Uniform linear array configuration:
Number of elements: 24
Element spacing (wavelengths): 0.5
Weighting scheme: hamming
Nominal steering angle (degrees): -45
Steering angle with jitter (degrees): -44.311
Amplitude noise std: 0.05
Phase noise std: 0.05

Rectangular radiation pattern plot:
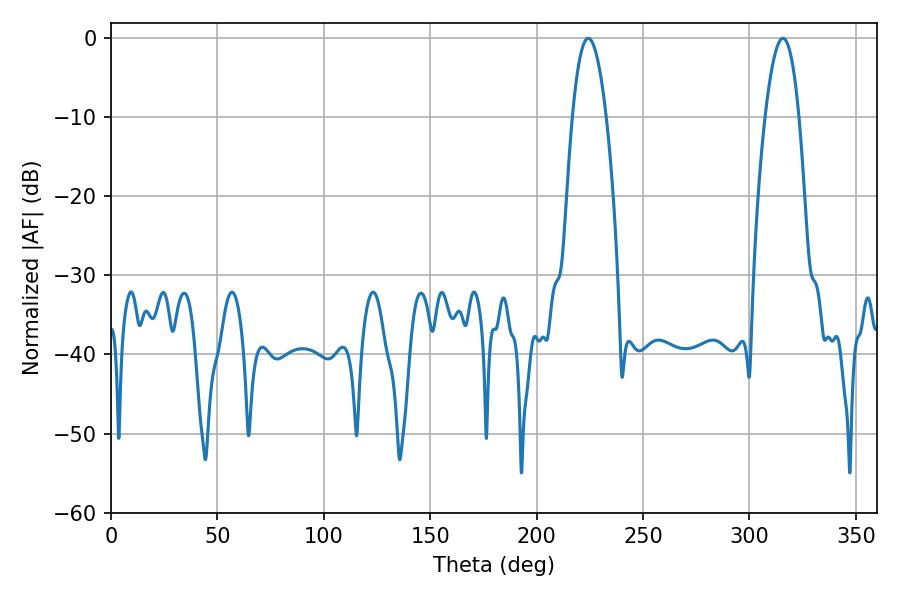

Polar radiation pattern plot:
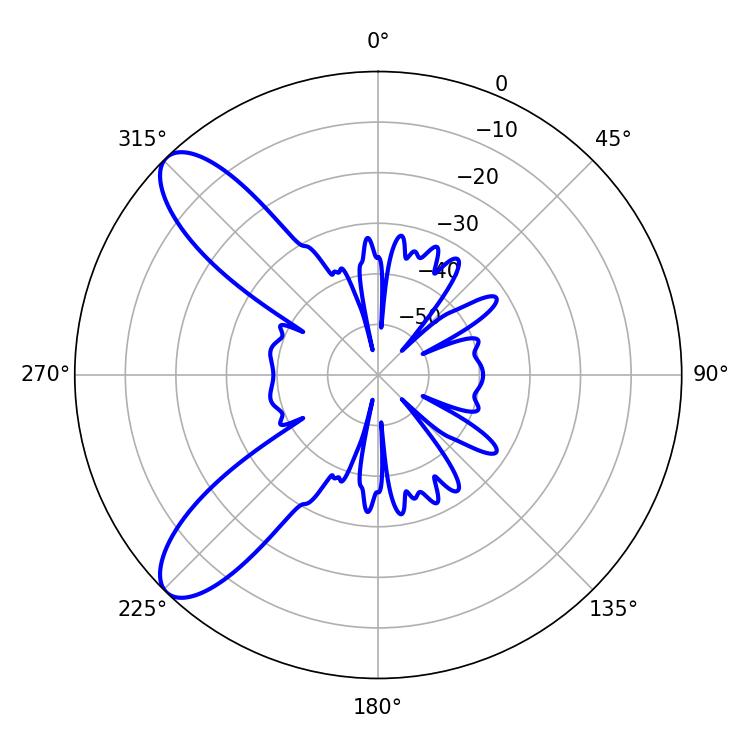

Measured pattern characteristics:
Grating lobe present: FALSE
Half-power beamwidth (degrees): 8.82
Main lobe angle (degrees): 224.28